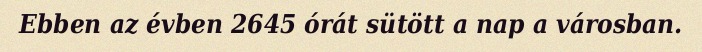
Ebben az évben 2645 órát sütött a nap a városban.